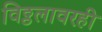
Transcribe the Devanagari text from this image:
विठ्ठलावरही